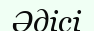
Әдісі